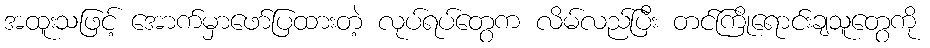
အထူးသဖြင့် အောက်မှာဖော်ပြထားတဲ့ လုပ်ရပ်တွေက လိမ်လည်ပြီး တင်ကြိုရောင်းချသူတွေကို